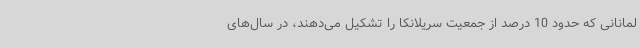
لمانانی که حدود 10 درصد از جمعیت سریلانکا را تشکیل می‌دهند، در سال‌های